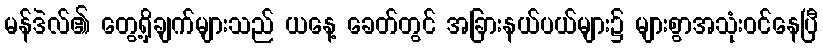
မန်ဒဲလ်၏ တွေ့ရှိချက်များသည် ယနေ့ ခေတ်တွင် အခြားနယ်ပယ်များ၌ များစွာအသုံးဝင်နေပြီ